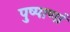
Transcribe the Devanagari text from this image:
पुष्पाणां